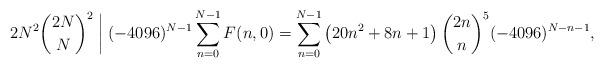
LaTeX: \begin{align*}2N^2\binom{2N}{N}^2\biggm|(-4096)^{N-1} \sum_{n=0}^{N-1}F(n,0)=\sum_{n=0}^{N-1}\left(20 n^2+8 n+1\right) \binom{2 n}{n}^5 (-4096)^{ N- n-1},\end{align*}